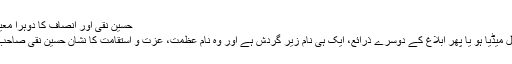
حسین نقی اور انصاف کا دوہرا معیار - ہم سب
آج کل سوشل میڈیا ہو یا پھر ابلاغ کے دوسرے ذرائع، ایک ہی نام زیر گردش ہے اور وہ نام عظمت، عزت و استقامت کا نشان حسین نقی صاحب کا نام ہے۔